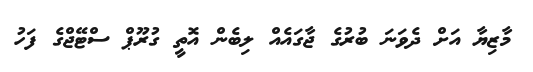
މާޒިޔާ އަށް ދެވަނަ ބުރުގެ ޖާގައެއް ލިބެން އޮތީ ގުރޫޕް ސްޓޭޖްގެ ފަހު